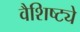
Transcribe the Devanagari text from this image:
वैशिष्‍ट्ये